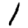
Digit: 1